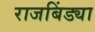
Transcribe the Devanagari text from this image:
राजबिंड्या